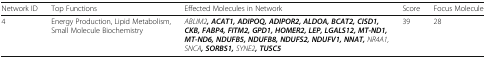
<table><thead><tr><td><b>Network ID</b></td><td><b>Top Functions</b></td><td><b>Effected Molecules in Network</b></td><td><b>Score</b></td><td><b>Focus Molecule</b></td></tr></thead><tbody><tr><td>4</td><td>Energy Production, Lipid Metabolism, Small Molecule Biochemistry</td><td><i>ABLIM2</i><b><i>, ACAT1, ADIPOQ, ADIPOR2, ALDOA, BCAT2, CISD1, CKB, FABP4, FITM2, GPD1, HOMER2, LEP, LGALS12, MT-ND1, MT-ND6, NDUFB5, NDUFB8, NDUFS2, NDUFV1, NNAT,</i></b><i>NR4A1, SNCA</i><b><i>, SORBS1,</i></b><i>SYNE2</i><b><i>, TUSC5</i></b></td><td>39</td><td>28</td></tr></tbody></table>